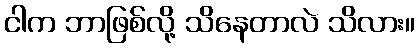
ငါက ဘာဖြစ်လို့ သိနေတာလဲ သိလား။